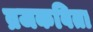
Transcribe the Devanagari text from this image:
व्रजकविता